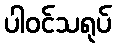
ပါဝင်သရုပ်